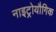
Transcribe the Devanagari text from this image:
नाइट्रोयौगिक